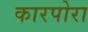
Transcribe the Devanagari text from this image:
कारपोरा